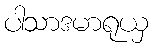
ပါသာဒမာရုယှ